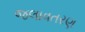
જલાવતરણ